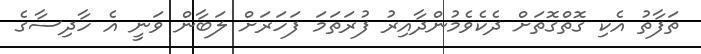
ތަފާތު އެކި ގޮތްގޮތަށް ދެކެވެމުންދާއިރު ފުރަތަމަ ފަހަރަށް ލަބާން ވަނީ އެ ހާދިސާގެ